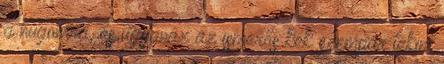
a húgomra, és ugyanaz az ismerős kék szempár tekint